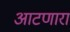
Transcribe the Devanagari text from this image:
आटणारा